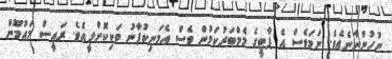
ނުހުންނާނެއެވެ. ނަމަވެސް އެ ޕާޓީގެ މެމްބަރުކަމުން ވެސް އެމަނިކުފާނު ވަކިކޮށްލީއެވެ. ރައީސް މައުމޫން